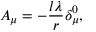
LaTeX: A _ { \mu } = - \frac { l \lambda } r \delta _ { \mu } ^ { 0 } ,